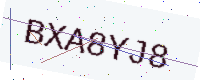
Text: BXA8YJ8